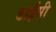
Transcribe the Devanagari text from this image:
डाईसी